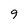
Character: 9